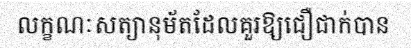
លក្ខណៈសត្យានុម័តដែលគួរឱ្យជឿជាក់បាន